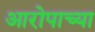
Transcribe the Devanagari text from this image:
आरोपाच्या